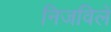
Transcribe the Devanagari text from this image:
निजविलें